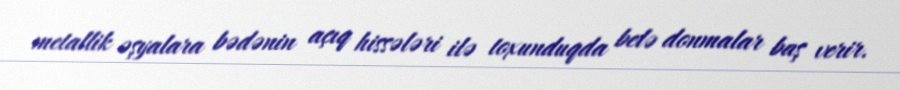
metallik əşyalara bədənin açıq hissələri ilə toxunduqda belə donmalar baş verir.